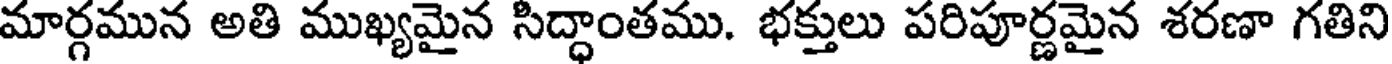
మార్గమున అతి ముఖ్యమైన సిద్ధాంతము. భక్తులు పరిపూర్ణమైన శరణా గతిని